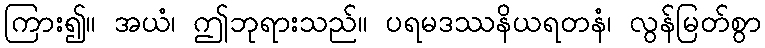
ကြား၍။ အယံ၊ ဤဘုရားသည်။ ပရမဒဿနိယရတနံ၊ လွန်မြတ်စွာ